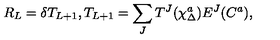
R _ { L } = \delta T _ { L + 1 } , T _ { L + 1 } = \sum _ { J } T ^ { J } ( \chi _ { \Delta } ^ { a } ) E ^ { J } ( C ^ { a } ) ,